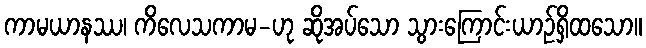
ကာမယာနဿ၊ ကိလေသကာမ-ဟု ဆိုအပ်သော သွားကြောင်းယာဉ်ရှိထသော။